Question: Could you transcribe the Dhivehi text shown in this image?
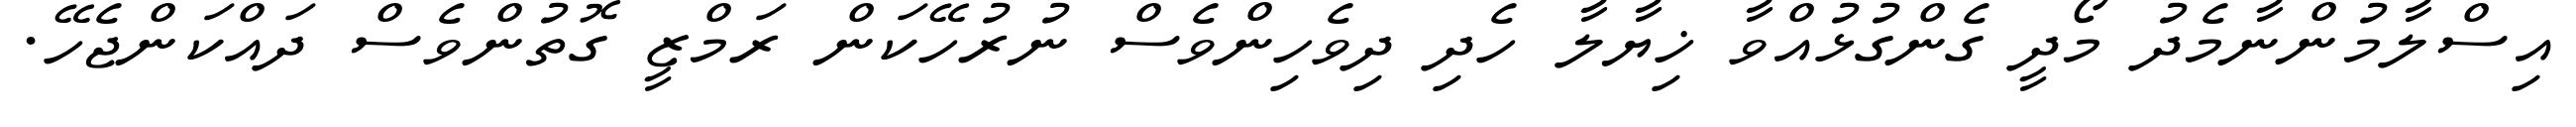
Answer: އިސްލާމުންނާމެދު މޯދީ ގެންގުޅުއްވާ ޚިޔާލާ ހެދި ދިވެހިންވެސް ނުރުހޭކަން ރަމްޒީ ގޮތުންވެސް ދައްކަންޖެހޭ.